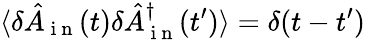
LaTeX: \langle\delta\hat{A}_{\mathrm{~i~n~}}(t)\delta\hat{A}_{\mathrm{~i~n~}}^{\dagger}(t^{\prime})\rangle=\delta(t-t^{\prime})